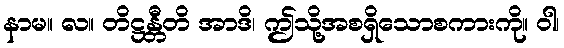
နာမ။ လ။ တိဋ္ဌန္တီတိ အာဒိ၊ ဤသို့အစရှိသောစကားကို။ ဝါ၊